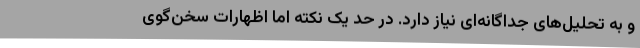
و به تحلیل‌های جداگانه‌ای نیاز دارد. در حد یک نکته اما اظهارات سخن‌گوی